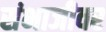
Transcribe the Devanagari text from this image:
संभाजीवर